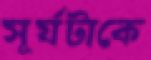
সূর্যটাকে